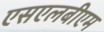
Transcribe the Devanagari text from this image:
एसएलबीएम